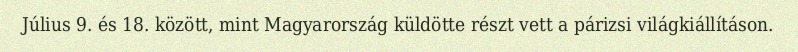
Július 9. és 18. között, mint Magyarország küldötte részt vett a párizsi világkiállításon.